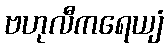
ဗဟုလီကရေယျံ